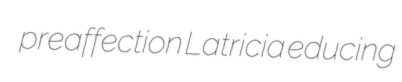
preaffection Latricia educing